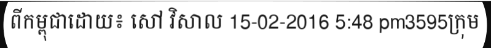
ពីកម្ពុជាដោយ៖ សៅ វិសាល 15-02-2016 5:48 pm3595ក្រុម